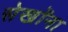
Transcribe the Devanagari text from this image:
सेखोंना